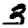
Digit: 3